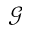
\mathcal { G }